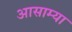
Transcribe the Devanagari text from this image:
आसाम्या